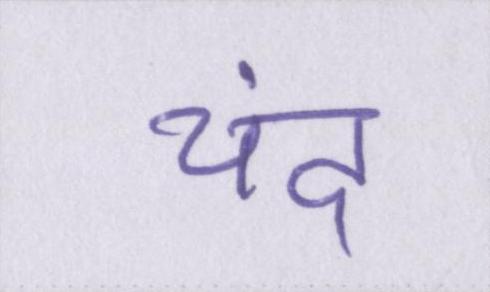
चंद